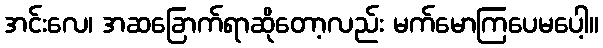
အင်းလေ၊ အဆခြောက်ရာဆိုတော့လည်း မက်မောကြပေမပေါ့။